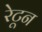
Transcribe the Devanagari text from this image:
रेटून